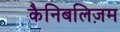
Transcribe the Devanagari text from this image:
कैनिबलिज़म